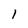
Character: l